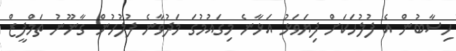
ހިސާބުން އެ ފުލުހަކަށް ފިޔަވަޅު އަޅާނެ މިގައުމުގަ މަދުވާނެ ފުލުހުން ގާނޫނު ތަމްފީޒް